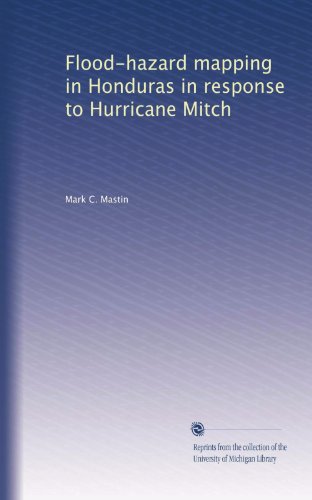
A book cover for Flood-hazard mapping in Honduras in response to Hurricane Mitch; Mark C. Mastin; Travel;